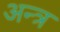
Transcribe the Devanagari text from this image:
अन्त्र